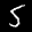
Label: 5